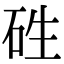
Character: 𥑥